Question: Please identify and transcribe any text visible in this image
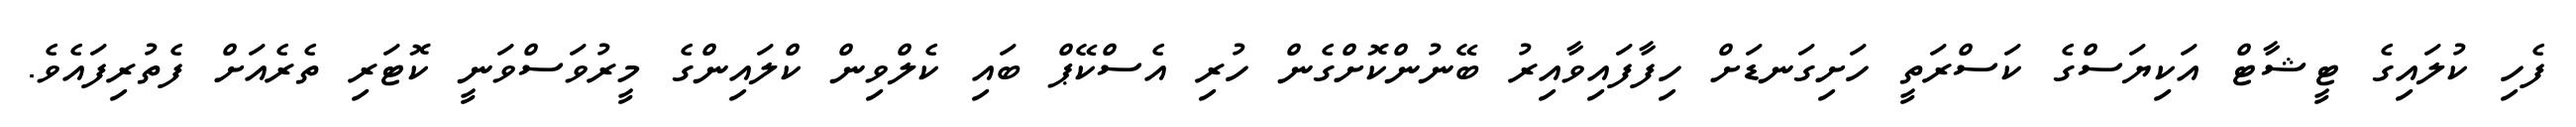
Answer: ފެހި ކުލައިގެ ޓީޝާޓް އަކިޔަސްގެ ކަސްރަތީ ހަށިގަނޑަށް ހިފާފައިވާއިރު ބޭނުންކޮށްގެން ހުރި އެސްކޭޕް ބައި ކެލްވިން ކްލައިންގެ މީރުވަސްވަނީ ކޮޓަރި ތެރެއަށް ފެތުރިފައެވެ.